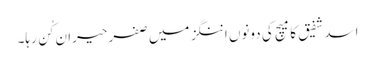
اسد شفیق کا میچ کی دونوں اننگز میں صفر حیران کُن رہا۔